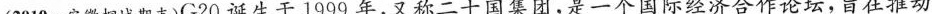
(2019·安徽桐城期末)G20诞生于1999年，又称二十国集团，是一个国际经济合作论坛，旨在推动